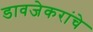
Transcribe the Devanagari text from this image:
डावजेकरांचे